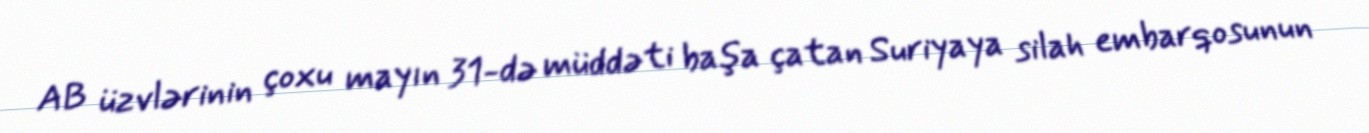
AB üzvlərinin çoxu mayın 31-də müddəti başa çatan Suriyaya silah embarqosunun